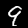
Label: 9